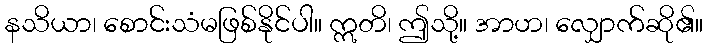
နသိယာ၊ စောင်းသံမဖြစ်နိုင်ပါ။ ဣတိ၊ ဤသို့။ အာဟ၊ လျှောက်ဆို၏။